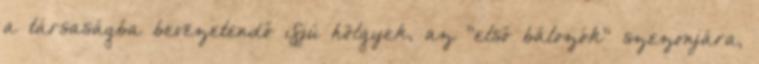
a társaságba bevezetendő ifjú hölgyek, az "első bálozók" szezonjára,